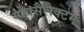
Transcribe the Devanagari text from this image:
मोक्सैलैक्टम